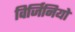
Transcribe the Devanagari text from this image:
विर्जिनियो